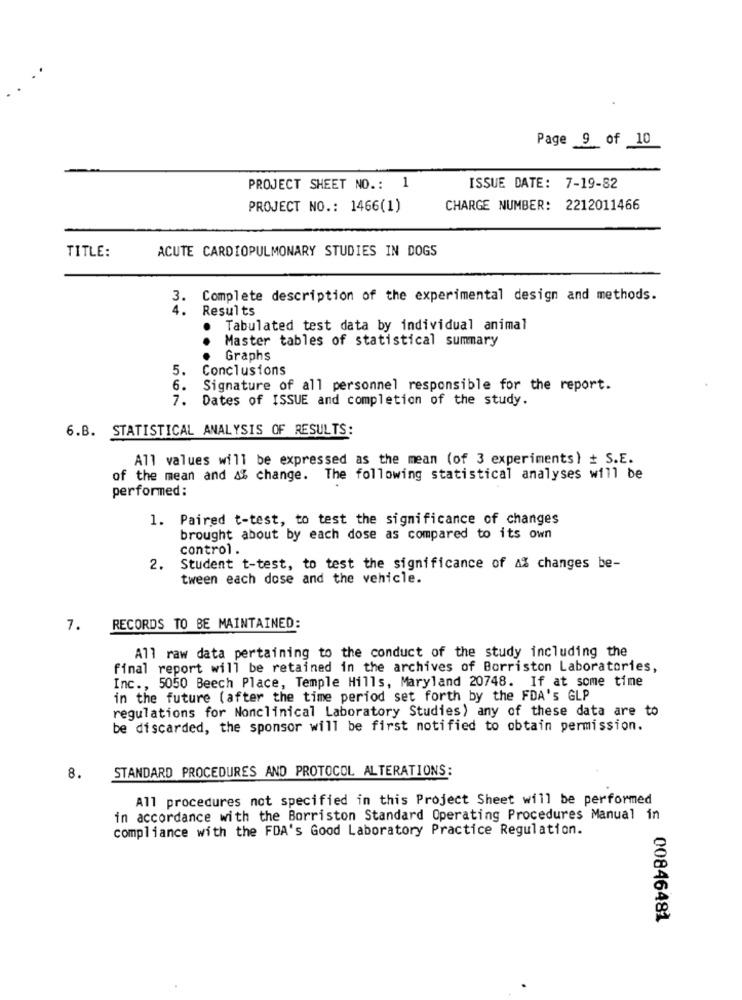
Page 9 of 10
PROJECT SHEET NO .: 1
ISSUE DATE: 7-19-82
PROJECT NO .: 1466(1)
CHARGE NUMBER: 2212011466
TITLE:
ACUTE CARDIOPULMONARY STUDIES IN DOGS
3. Complete description of the experimental design and methods.
4.
Results
Tabulated test data by individual animal
Master tables of statistical summary
Graphs
5.
Conclusions
6.
Signature of all personnel responsible for the report.
7. Dates of ISSUE and completion of the study.
6.B. STATISTICAL ANALYSIS OF RESULTS:
All values will be expressed as the mean (of 3 experiments) + S.E.
of the mean and 4% change. The following statistical analyses will be
performed:
1. Paired t-test, to test the significance of changes
brought about by each dose as compared to its own
control .
2.
Student t-test, to test the significance of A% changes be-
tween each dose and the vehicle.
7.
RECORDS TO BE MAINTAINED:
All raw data pertaining to the conduct of the study including the
final report will be retained in the archives of Borriston Laboratories,
Inc ., 5050 Beech Place, Temple Hills, Maryland 20748. If at some time
in the future (after the time period set forth by the FDA's GLP
regulations for Nonclinical Laboratory Studies) any of these data are to
be discarded, the sponsor will be first notified to obtain permission.
STANDARD PROCEDURES AND PROTOCOL ALTERATIONS:
8.
All procedures not specified in this Project Sheet will be performed
in accordance with the Borriston Standard Operating Procedures Manual in
compliance with the FDA's Good Laboratory Practice Regulation.
00846481